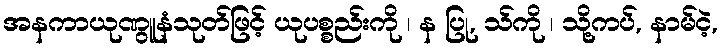
အနကာယုဏွူနံသုတ်ဖြင့် ယုပစ္စည်းကို ၊ န ပြု, သ်ကို ၊ သို့ကပ်, နာမ်ငဲ့,